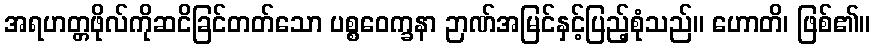
အရဟတ္တဖိုလ်ကိုဆငိခြင်တတ်သော ပစ္စဝေက္ခနာ ဉာဏ်အမြင်နှင့်ပြည့်စုံသည်။ ဟောတိ၊ ဖြစ်၏။